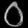
Digit: ၀